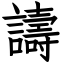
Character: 譸